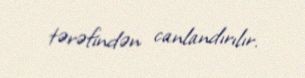
tərəfindən canlandırılır.